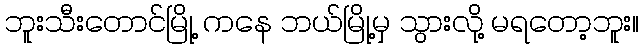
ဘူးသီးတောင်မြို့ ကနေ ဘယ်မြို့မှ သွားလို့ မရတော့ဘူး။